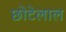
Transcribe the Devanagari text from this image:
छाेटेलाल